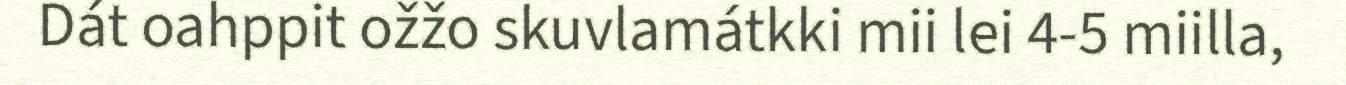
Dát oahppit ožžo skuvlamátkki mii lei 4-5 miilla,